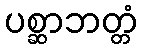
ပစ္ဆာဘတ္တံ